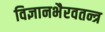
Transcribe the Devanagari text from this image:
विज्ञानभैरवतन्त्र